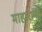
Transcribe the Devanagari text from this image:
माहारानी